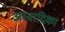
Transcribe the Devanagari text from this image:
अस्वादिका